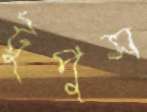
টুপুস